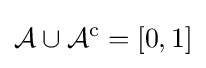
{\mathcal {A}}\cup {\mathcal {A}}^{\mathrm {c} }=[0,1]